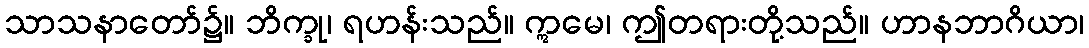
သာသနာတော်၌။ ဘိက္ခု၊ ရဟန်းသည်။ ဣမေ၊ ဤတရားတို့သည်။ ဟာနဘာဂိယာ၊